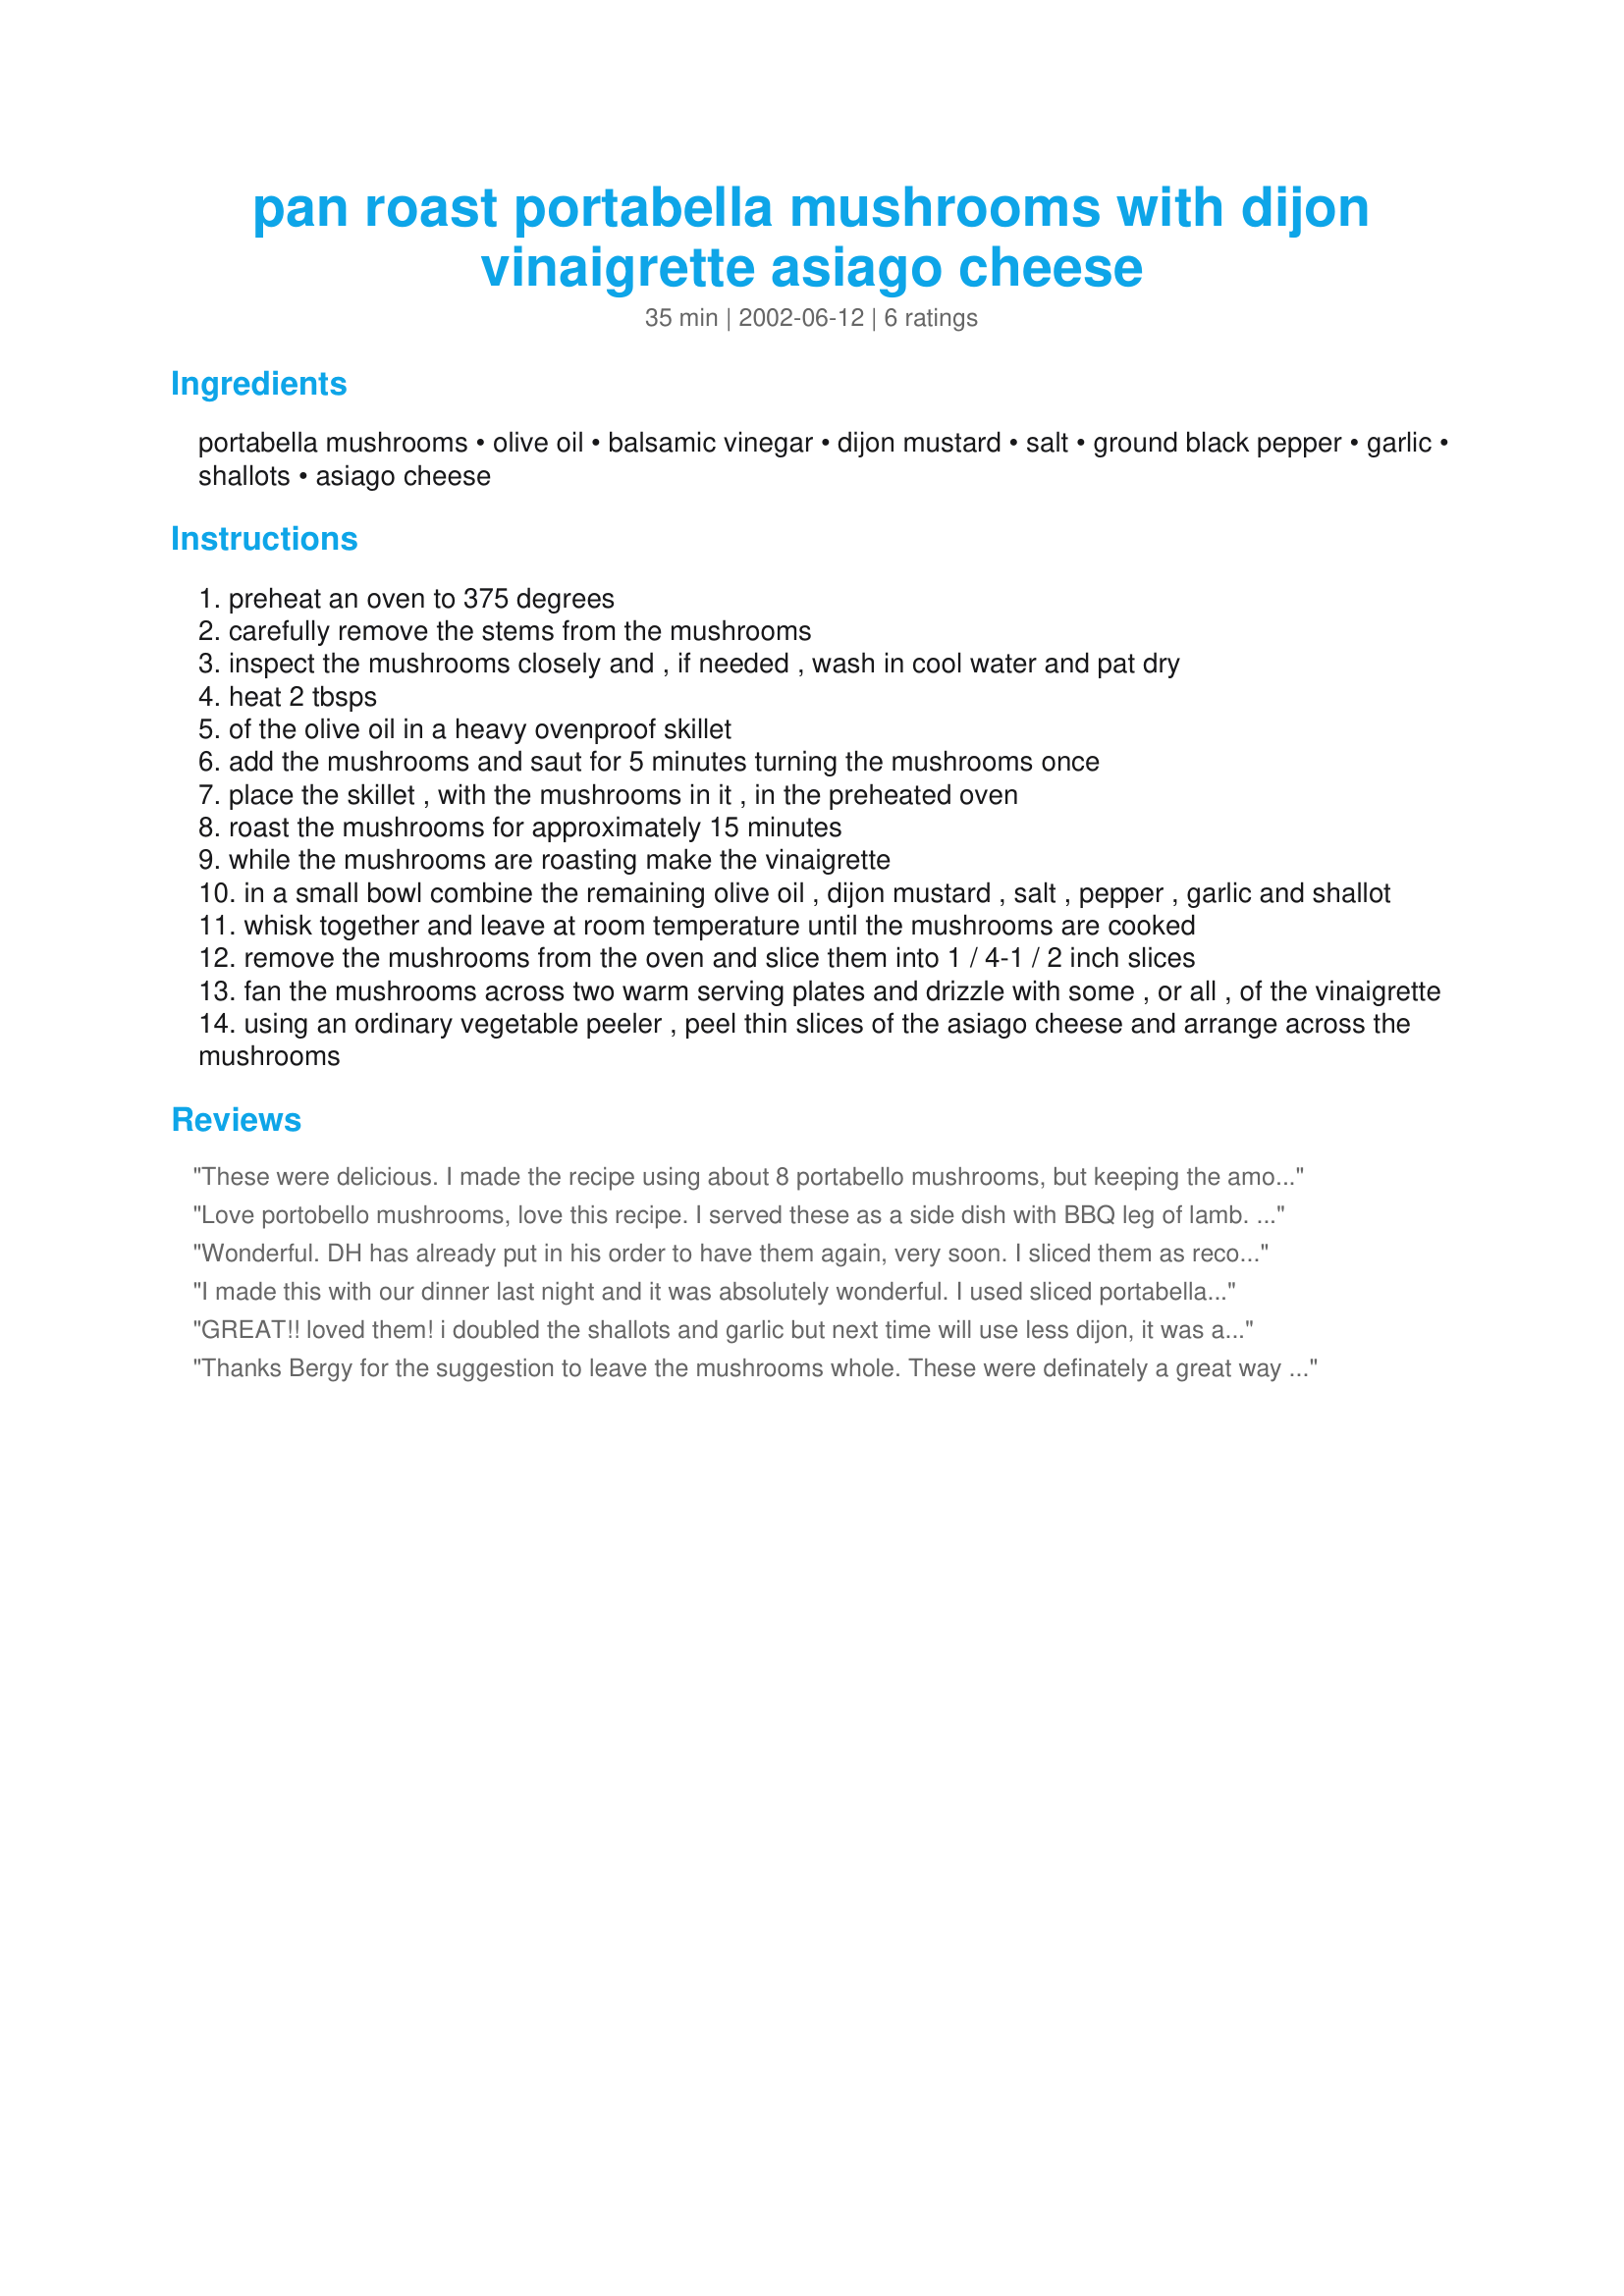
pan roast portabella mushrooms with dijon vinaigrette asiago cheese
Preparation time: 35 minutes

Ingredients:
portabella mushrooms, olive oil, balsamic vinegar, dijon mustard, salt, ground black pepper, garlic, shallots, asiago cheese

Steps:
preheat an oven to 375 degrees
carefully remove the stems from the mushrooms
inspect the mushrooms closely and , if needed , wash in cool water and pat dry
heat 2 tbsps
of the olive oil in a heavy ovenproof skillet
add the mushrooms and saut for 5 minutes turning the mushrooms once
place the skillet , with the mushrooms in it , in the preheated oven
roast the mushrooms for approximately 15 minutes
while the mushrooms are roasting make the vinaigrette
in a small bowl combine the remaining olive oil , dijon mustard , salt , pepper , garlic and shallot
whisk together and leave at room temperature until the mushrooms are cooked
remove the mushrooms from the oven and slice them into 1 / 4-1 / 2 inch slices
fan the mushrooms across two warm serving plates and drizzle with some , or all , of the vinaigrette
using an ordinary vegetable peeler , peel thin slices of the asiago cheese and arrange across the mushrooms

Reviews:
These were delicious. I made the recipe using about 8 portabello mushrooms, but keeping the amounts for the vinaigrette the same. There was lots of delicious vinaigrette to go around. I didn't have any asiago cheese so I used Parmesan Reggiano, which is known as an acceptable substitute. Everyone was impressed and delighted with the dish. Thanks for a great recipe!
Love portobello mushrooms, love this recipe. I served these as a side dish with BBQ leg of lamb. Followed the recipe added a bit more garlic and instead of slicing the mushrooms I left them whole, put the asiago on them for the last minute in the oven and then drizzled them with the vinaigrette. No complaints from any one- another winner Thanks Dancer.
Wonderful. DH has already put in his order to have them again, very soon. I sliced them as recommended and the cheese was thin sliced which allowed it to melt nicely on the hot mushrooms.
I made this with our dinner last night and it was absolutely wonderful. I used sliced portabella's and more onion and garlic. I also used fresh grated Parmesan Cheese because that is what I had on hand. I will make this again.
GREAT!! loved them! i doubled the shallots and garlic but next time will use less dijon, it was a little overpowering for me. will make again and again!!
Thanks Bergy for the suggestion to leave the mushrooms whole. These were definately a great way to roast portobellos! Only drawback to this recipe is the amount of vinegarette it makes, way too much. I doubled the amount of portobellos and should have only made the original recipe for the sauce. There would have been plenty for my 4 shrooms. No complaints though from me or my DH on the taste, it was wonderful! Thanks Dancer^ for a great new side dish for me, will be making again soon as we love portobellos!
